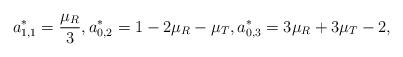
LaTeX: \begin{align*}a^*_{1,1}=\frac{\mu_R}{3},a^*_{0,2}=1-2\mu_R-\mu_T,a^*_{0,3}=3\mu_R+3\mu_T-2,\end{align*}